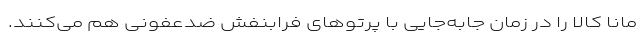
مانا کالا را در زمان جابه‌جایی با پرتوهای فرابنفش ضدعفونی هم می‌کنند.